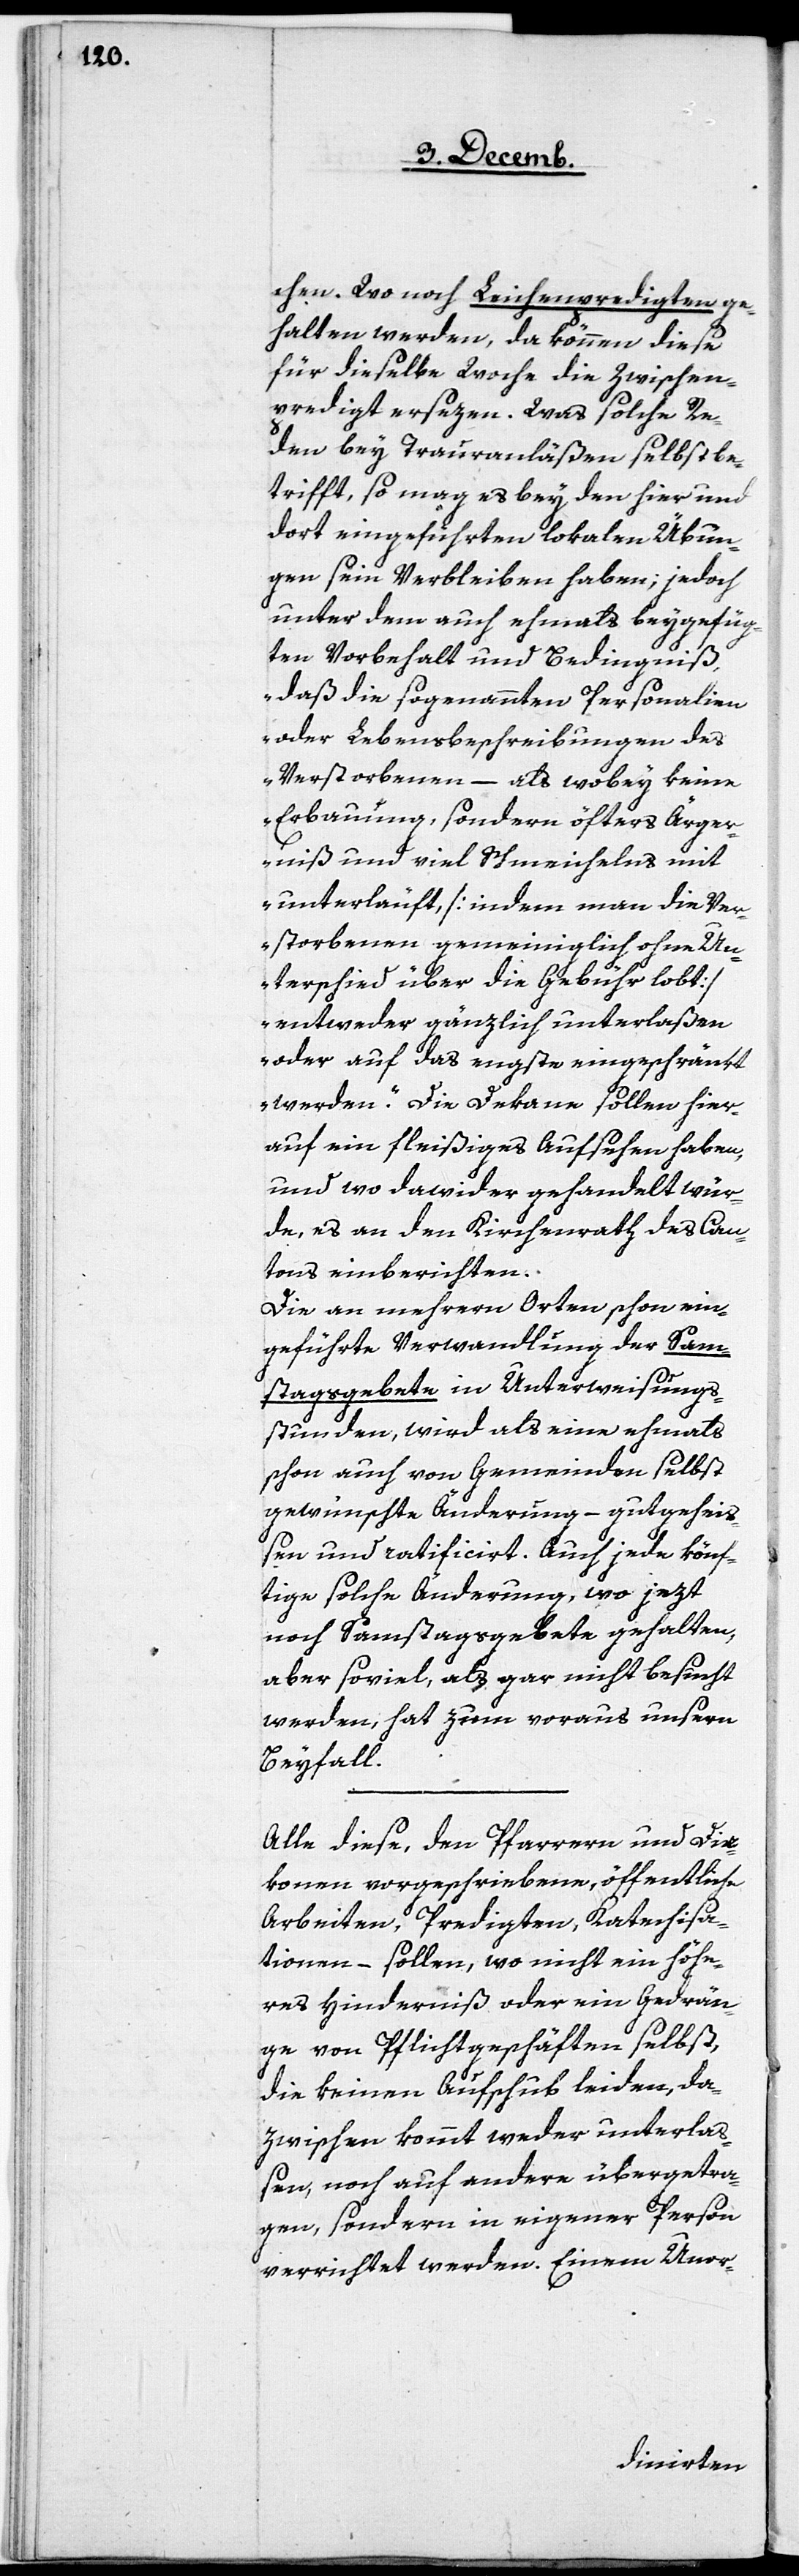
chen. Wo noch Leichenpredigten ge¬
halten werden, da können diese
für dieselbe Woche die Zwischen¬
predigt ersezen. Was solche Re¬
den bey Trauranläßen selbst be¬
trifft, so mag es bey den hier und
dort eingeführten lokalen Übun¬
gen sein Verbleiben haben, jedoch
unter dem auch ehemahls beygefüg¬
ten Vorbehalt und Bedingniß,
„daß die sogenannten Personalien
oder Lebensbeschreibungen des
Verstorbenen – als wobey keine
Erbauung, sondern öfters Ärger¬
niß und viel Schmeichelns mit
unterläuft [indem man die Ver¬
storbenen gemeiniglich ohne Un¬
terschied über die Gebühr lobt]
entweder gänzlich unterlaßen
oder auf das engste eingeschränkt
werden.“ Die Dekane sollen hier¬
auf ein fleißiges Aufsehen haben,
und wo dawider gehandelt wür¬
de, es an den Kirchenrath des Can¬
tons einberichten.
Die an mehrern Orten schon ein¬
geführte Verwandlung der Sam¬
stagsgebete in Unterweisungs¬
stunden, wird als eine ehemahls
schon auch von Gemeinden selbst
gewünschte Änderung – gutgehei¬
ßen und ratificiert. Auch jede könf¬
tige solche Änderung , wo jezt
noch Samstagsgebete gehalten,
aber soviel, als gar nicht besucht
werden, hat zum Voraus unsern
Beyfall.
Alle diese, den Pfarrern und Dia¬
konen vorgeschriebene, öffentliche
Arbeiten, Predigten, Katechisa¬
tionen – sollen, wo nicht ein höhe¬
res Hinderniß oder ein Gedrän¬
ge von Pflichtgeschäften selbst,
die keinen Aufschub leiden, da¬
zwischen kommt weder unterlaß¬
en, noch auf andere übergetra¬
gen, sondern in eigener Person
verrichtet werden. Einem Unor-